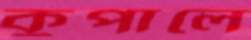
কুপালে